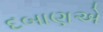
દબાણએ